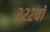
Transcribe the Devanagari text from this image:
३२२वॉ